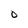
Character: O